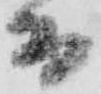
而